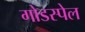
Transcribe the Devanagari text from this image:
गोडस्पेल